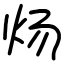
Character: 炀